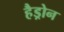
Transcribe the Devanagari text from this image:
हैड्रोन